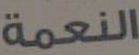
النعمة